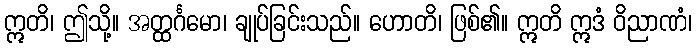
ဣတိ၊ ဤသို့။ အတ္ထင်္ဂမော၊ ချုပ်ခြင်းသည်။ ဟောတိ၊ ဖြစ်၏။ ဣတိ ဣဒံ ဝိညာဏံ၊